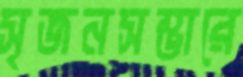
সৃজনসম্ভারে